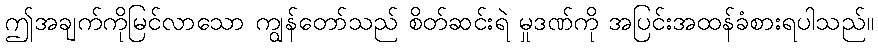
ဤအချက်ကိုမြင်လာသော ကျွန်တော်သည် စိတ်ဆင်းရဲ မှုဒဏ်ကို အပြင်းအထန်ခံစားရပါသည်။